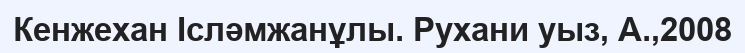
Кенжехан Ісләмжанұлы. Рухани уыз, А.,2008